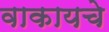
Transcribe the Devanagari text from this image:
वाकायचे